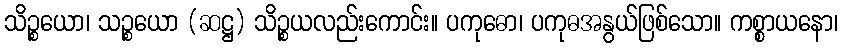
သိဉ္စယော၊ သဉ္စယော (ဆဋ္ဌ) သိဉ္စယလည်းကောင်း။ ပကုဓော၊ ပကုဓအနွယ်ဖြစ်သော။ ကစ္စာယနော၊